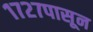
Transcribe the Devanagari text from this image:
१७२७पासून